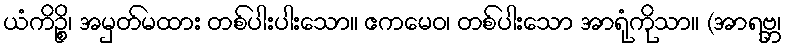
ယံကိဉ္စိ၊ အမှတ်မထား တစ်ပါးပါးသော။ ဧကမေဝ၊ တစ်ပါးသော အာရုံကိုသာ။ (အာရဗ္ဘ၊